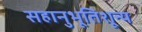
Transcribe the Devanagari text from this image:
सहानुभूतिशून्य